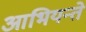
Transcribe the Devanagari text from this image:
आभियन्ते